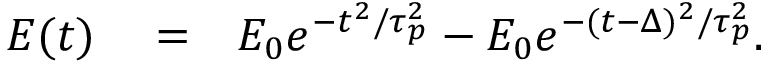
\begin{array} { r l r } { E ( t ) } & { { } = } & { E _ { 0 } e ^ { - t ^ { 2 } / \tau _ { p } ^ { 2 } } - E _ { 0 } e ^ { - ( t - \Delta ) ^ { 2 } / \tau _ { p } ^ { 2 } } . } \end{array}